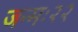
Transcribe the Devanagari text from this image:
जन्मः२२